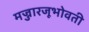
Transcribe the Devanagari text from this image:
मज्जारजूभोवती